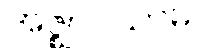
အဇ္ဈာဝသာမ